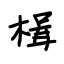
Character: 楫